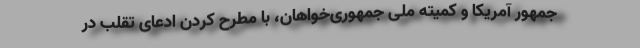
جمهور آمریکا و کمیته ملی جمهوری‌خواهان، با مطرح کردن ادعای تقلب در